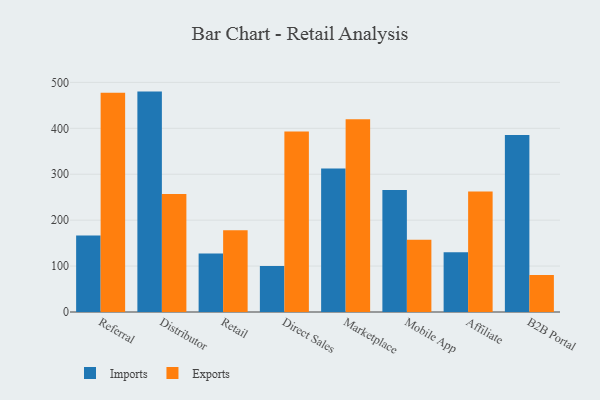
{"axis": {"x": "Channel", "y": "Headcount"}, "legend": ["Exports", "Imports"], "data": [{"x": "Referral", "y": 166.6, "type": "Imports"}, {"x": "Referral", "y": 477.3, "type": "Exports"}, {"x": "Distributor", "y": 479.9, "type": "Imports"}, {"x": "Distributor", "y": 257.1, "type": "Exports"}, {"x": "Retail", "y": 127.2, "type": "Imports"}, {"x": "Retail", "y": 178.2, "type": "Exports"}, {"x": "Direct Sales", "y": 100.3, "type": "Imports"}, {"x": "Direct Sales", "y": 393.1, "type": "Exports"}, {"x": "Marketplace", "y": 312.6, "type": "Imports"}, {"x": "Marketplace", "y": 419.5, "type": "Exports"}, {"x": "Mobile App", "y": 265.8, "type": "Imports"}, {"x": "Mobile App", "y": 157.4, "type": "Exports"}, {"x": "Affiliate", "y": 129.9, "type": "Imports"}, {"x": "Affiliate", "y": 262.4, "type": "Exports"}, {"x": "B2B Portal", "y": 385.2, "type": "Imports"}, {"x": "B2B Portal", "y": 80.8, "type": "Exports"}]}